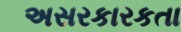
અસરકારકતા